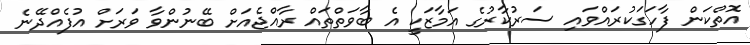
އޮތްކަން ފާހަގަކުރައްވައި ސަރުކާރުގެ އަމާޒަކީ އެ ބާވަތްތައް ރާއްޖެއަށް ބޭނުންވާ ވަރަށް އުފެއްދޭނެ